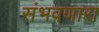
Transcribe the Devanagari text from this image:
संभवणारा